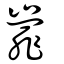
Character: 嶵